Sanitation, dispensaries and jails vaccination Rajputana 1922-1927 - 1922-1927
Year: 1922
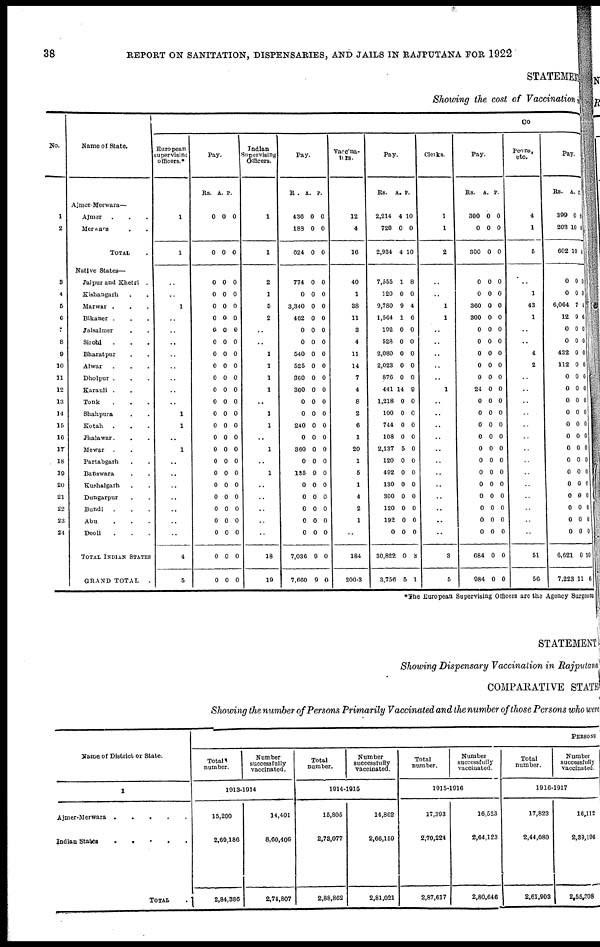
38
REPORT ON SANITATION, DISPENSARIES, AND JAILS IN RAJPUTANA FOR 1922
STATEMENT
Showing the cost of Vaccination in
No.
1
2
3
4
5
6
7
8
9
10
11
12
13
14
15
16
17
18
19
20
21
22
23
24
Name of State.
Ajmer Merwara—
Ajmer . . .
Merwara . .
TOTAL .
Native States—
Jaipur and Khetri .
Kishangarh . .
Marwar . . .
Bikaner . . .
Jaisalmer . . .
Sirohi . . .
Bharatpur . .
Alwar . . .
Dholpur . . .
Karauli .
Tonk . .
Shahpura . .
Kotah . . .
Jhalawar. . .
Mewar . .
Partabgarh . .
Banswara . .
Kushalgarh . .
Dungarpur . .
Bundi . . .
Abu . . .
Deoli . . .
TOTAL INDIAN STATES
GRAND TOTAL
.
CO
European
supervising
officers.*
1
1
..
..
1
..
..
..
..
..
..
..
..
1
1
..
1
..
..
..
..
..
..
..
4
5
Pay.
Rs. A.
P.
0
0
0
0
0
0
0
0
0
0
0
0
0
0
0
0
0
0
0
0
0
0
0
0
0
0
0
0
0
0
0
0
0
0
0
0
0
0
0
0
0
0
0
0
0
0
0
0
0
0
0
0
0
0
0
0
0
0
0
0
0
0
0
0
0
0
0
0
0
0
0
0
0
0
0
0
0
0
Indian
Supervising
Officers.
1
1
2
1
5
2
..
..
1
1
1
1
..
1
1
..
1
..
1
..
..
..
..
..
18
19
Pay.
Rs.
A.
P.
436
188
624
0
0
0
0
0
0
774
0
3,340
462
0
0
540
525
360
300
0
0
240
0
360
0
135
0
0
0
0
0
7,036
7,660
0
0
0
0
0
0
0
0
0
0
0
0
0
0
0
0
9
0
0
0
0
0
9
9
0
0
0
0
0
0
0
0
0
0
0
0
0
0
0
0
0
0
0
0
0
0
0
0
Vaccina¬
tors.
12
4
16
40
1
38
11
3
4
11
14
7
4
8
2
6
1
20
1
5
1
4
2
1
..
184
200.3
Pay.
Rs. A. P.
2,214
720
2,934
4
0
4
10
0
10
7,555
120
9,780
1,564
192
528
2,080
2,023
876
441
1,218
100
744
108
2,137
120
492
130
300
120
192
0
30,822
3,756
1
0
9
1
0
0
0
0
0
14
0
0
0
0
5
0
0
0
0
0
0
0
0
5
8
0
4
6
0
0
0
0
0
9
0
0
0
0
0
0
0
0
0
0
0
0
0
1
Clerks.
1
1
2
..
..
1
1
..
..
..
..
..
1
..
..
..
..
..
..
..
..
..
..
..
..
3
5
Pay.
Rs.
A. P.
300
0
300
0
0
0
0
0
0
0
0
360
300
0
0
0
0
0
24
0
0
0
0
0
0
0
0
0
0
0
0
684
984
0
0
0
0
0
0
0
0
0
0
0
0
0
0
0
0
0
0
0
0
0
0
0
0
0
0
0
0
0
0
0
0
0
0
0
0
0
0
0
0
0
0
0
0
0
0
0
0
Peons,
etc.
4
1
5
..
1
43
1
..
..
4
2
..
..
..
..
..
..
..
..
..
..
..
..
..
..
51
56
Pay.
Rs.
A.
P.
399
203
602
0
10
10
0
8
0
0
6,064
12
0
0
432
112
0
0
0
0
0
0
0
0
0
0
0
0
0
0
6,621
7,223
0
0
7
9
0
0
0
0
0
0
0
0
0
0
0
0
0
0
0
0
0
0
0
11
0
0
4
6
0
0
0
0
0
0
0
0
0
0
0
0
0
0
0
0
0
0
10
6
*The European Supervising Officers are the Agency Surgeon
STATEMENT
Showing Dispensary Vaccination in Rajputana
COMPARATIVE STATE
Showing the number of Persons Primarily Vaccinated and the number of those Persons who wer
Name of District or State.
1
Ajmer-Merwara
.
.
.
.
.
Indian States
.
.
.
.
.
TOTAL .
PERSONS
Total
number.
Number
successfully
vaccinated.
1913-1914
15,200
2,69,186
2,84,886
14,401
8,60,406
2,74,807
Total
number.
Number
successfully
vaccinated.
1914-1915
15,805
2,73,077
2,88,862
14,862
2,66,159
2,81,021
Total
number.
Number
successfully
vaccinated.
1915-1916
17,393
2,70,224
2,87,617
16,523
2,64,123
2,80,646
Total
number.
Number
successfully
vaccinated.
1916-1917
17,823
2,44,080
2,61,903
16,112
2,39,196
2,55,208